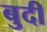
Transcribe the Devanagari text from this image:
बुदी